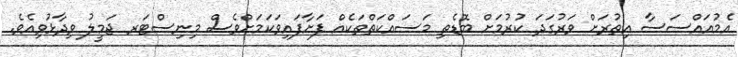
އެމުއައްސަސާ އިތުރަށް ވަރުގަދަ ކުރުމަށް ބޮޑެތި މަސައްކަތްތަކެއް ފަށާފައިވަކަމަށްވެސް މިނިސްޓަރ ޖަމީލު ވިދާޅުވިއެވެ.